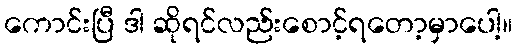
ကောင်းပြီ ဒါ ဆိုရင်လည်းစောင့်ရတော့မှာပေါ့။